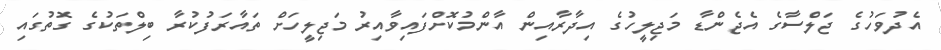
އެދުވަހުގެ ޖަލްސާގެ އެޖެންޑާ މަޖިލީހުގެ އިދާރާއިން އާންމުކޮށްފައިވާއިރު މަޖިލީހަށް ތައާރަފުކުރާ ބިލްތަކުގެ ގޮތުގައި